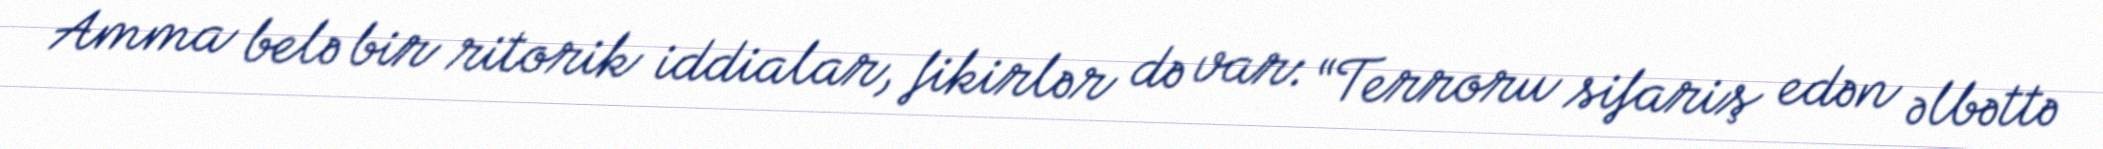
Amma belə bir ritorik iddialar, fikirlər də var: “Terroru sifariş edən əlbəttə